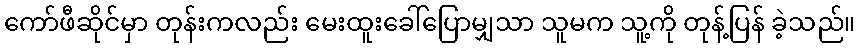
ကော်ဖီဆိုင်မှာ တုန်းကလည်း မေးထူးခေါ်ပြောမျှသာ သူမက သူ့ကို တုန့်ပြန် ခဲ့သည်။